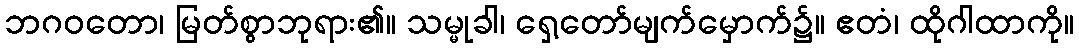
ဘဂဝတော၊ မြတ်စွာဘုရား၏။ သမ္မုခါ၊ ရှေ့တော်မျက်မှောက်၌။ ဧတံ၊ ထိုဂါထာကို။